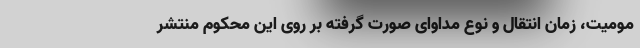
مومیت، زمان انتقال و نوع مداوای صورت گرفته بر روی این محکوم منتشر